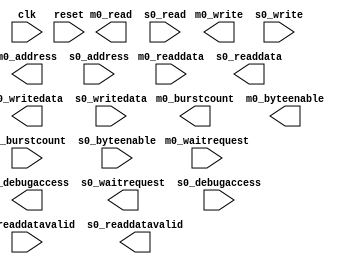
module pr_region_default_mm_bridge_0 #(
		parameter DATA_WIDTH        = 32,
		parameter SYMBOL_WIDTH      = 8,
		parameter HDL_ADDR_WIDTH    = 10,
		parameter BURSTCOUNT_WIDTH  = 1,
		parameter PIPELINE_COMMAND  = 1,
		parameter PIPELINE_RESPONSE = 1
	) (
		input  wire                        clk,              //   clk.clk
		input  wire                        m0_waitrequest,   //    m0.waitrequest
		input  wire [DATA_WIDTH-1:0]       m0_readdata,      //      .readdata
		input  wire                        m0_readdatavalid, //      .readdatavalid
		output wire [BURSTCOUNT_WIDTH-1:0] m0_burstcount,    //      .burstcount
		output wire [DATA_WIDTH-1:0]       m0_writedata,     //      .writedata
		output wire [HDL_ADDR_WIDTH-1:0]   m0_address,       //      .address
		output wire                        m0_write,         //      .write
		output wire                        m0_read,          //      .read
		output wire [3:0]                  m0_byteenable,    //      .byteenable
		output wire                        m0_debugaccess,   //      .debugaccess
		input  wire                        reset,            // reset.reset
		output wire                        s0_waitrequest,   //    s0.waitrequest
		output wire [DATA_WIDTH-1:0]       s0_readdata,      //      .readdata
		output wire                        s0_readdatavalid, //      .readdatavalid
		input  wire [BURSTCOUNT_WIDTH-1:0] s0_burstcount,    //      .burstcount
		input  wire [DATA_WIDTH-1:0]       s0_writedata,     //      .writedata
		input  wire [HDL_ADDR_WIDTH-1:0]   s0_address,       //      .address
		input  wire                        s0_write,         //      .write
		input  wire                        s0_read,          //      .read
		input  wire [3:0]                  s0_byteenable,    //      .byteenable
		input  wire                        s0_debugaccess    //      .debugaccess
	);
endmodule